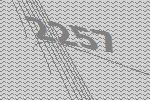
2257